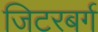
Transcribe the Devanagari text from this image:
जिटरबर्ग